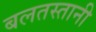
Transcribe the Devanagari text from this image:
बलतस्तानी